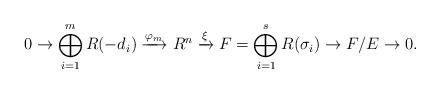
LaTeX: \begin{align*}0\to\bigoplus_{i=1}^mR(-d_i)\xrightarrow{\varphi_m}R^n\xrightarrow{\xi}F=\bigoplus_{i=1}^sR(\sigma_i)\to F/E\to0.\end{align*}